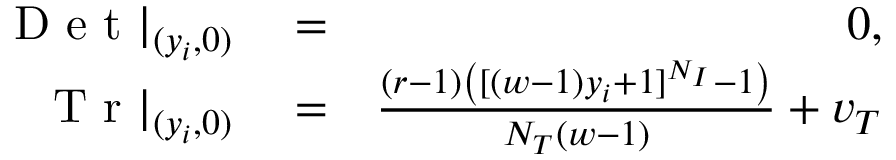
\begin{array} { r l r } { \mathrm { ~ D ~ e ~ t ~ } | _ { ( y _ { i } , 0 ) } } & { { } = } & { 0 , } \\ { \mathrm { ~ T ~ r ~ } | _ { ( y _ { i } , 0 ) } } & { { } = } & { \frac { ( r - 1 ) \left( [ ( w - 1 ) y _ { i } + 1 ] ^ { N _ { I } } - 1 \right) } { N _ { T } ( w - 1 ) } + v _ { T } } \end{array}